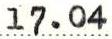
17.04